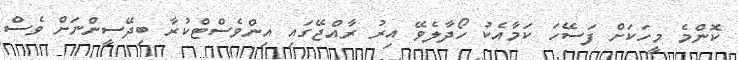
ކޮންމެ މީހަކަށް ފަސޭހަ ކަމާއެކު ހޯދާލެވޭ އިރު ރާއްޖޭގައި އިންވެސްޓްކުރާ ބިދޭސީންނަށް ވެސް